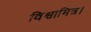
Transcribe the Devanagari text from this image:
विश्वामित्र।